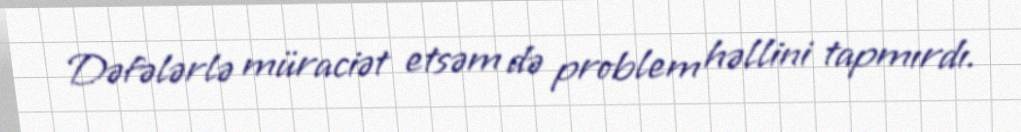
Dəfələrlə müraciət etsəm də problem həllini tapmırdı.